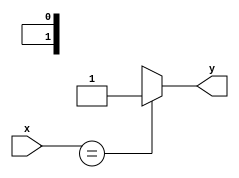
module x_based_case_statement (
    input wire x,
    output reg y
);

always @(*) begin
    case (x)
        2'bxx: y = 1; // Behavior for X = XX
        2'b01: y = 0; // Behavior for X = 01
        2'b10: y = 1; // Behavior for X = 10
        default: y = 0; // Default behavior
    endcase
end

endmodule